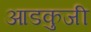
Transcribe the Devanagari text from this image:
आडकुजी